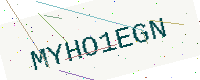
Text: MYHO1EGN